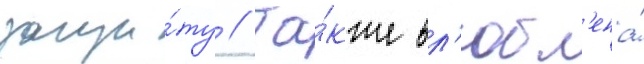
защи́ту // Та́кже вл'юбл'ена́